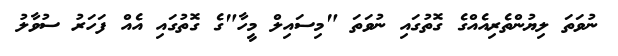
ނުވަތަ ލިޔުންތެރިއެއްގެ ގޮތުގައި ނުވަތަ "މިސައިލް މީހާ"ގެ ގޮތުގައި އެއް ފަހަރު ސުވާލު